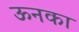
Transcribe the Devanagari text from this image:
ऊनका